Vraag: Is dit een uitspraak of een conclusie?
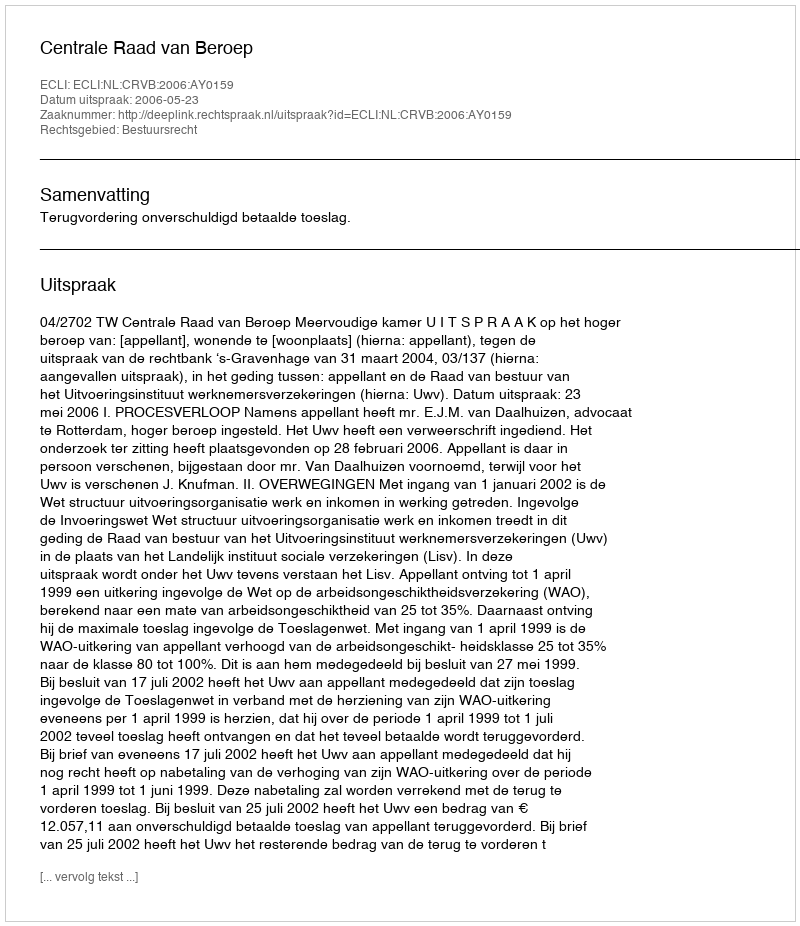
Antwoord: Uitspraak